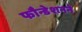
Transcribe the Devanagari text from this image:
फौन्डेशनने